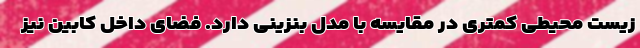
زیست محیطی کمتری در مقایسه با مدل بنزینی دارد. فضای داخل کابین نیز